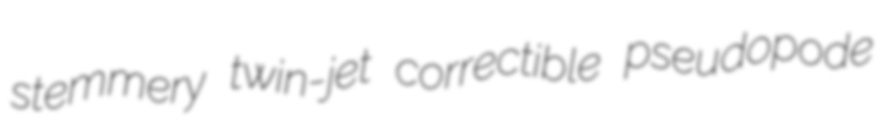
stemmery twin-jet correctible pseudopode